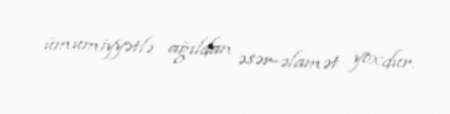
ümumiyyətlə ağıldan əsər-əlamət yoxdur.